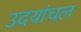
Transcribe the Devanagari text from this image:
उदयांचल